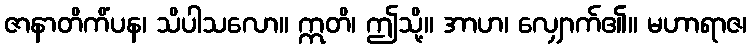
ဇာနာတိကိံပန၊ သိပါသလော။ ဣတိ၊ ဤသို့။ အာဟ၊ လျှောက်၏။ မဟာရာဇ၊